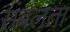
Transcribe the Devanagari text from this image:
संबलता